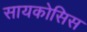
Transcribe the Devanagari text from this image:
सायकोसिस